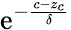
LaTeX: \mathrm{e}^{-\frac{{c-z_{c}}}{{\delta}}}